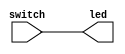
`timescale 1ns / 1ps
//////////////////////////////////////////////////////////////////////////////////
// Company: 
// Engineer: 
// 
// Design Name: 
// Module Name:    switchAndLed 
// Project Name: 
// Target Devices: 
// Tool versions: 
// Description: 
//
// Dependencies: 
//
// Revision: 
// Revision 0.01 - File Created
// Additional Comments: 
//
//////////////////////////////////////////////////////////////////////////////////
module switchAndLed(switch, led);

	input [7:0] switch;
	output reg [7:0] led;
	
	always@(*)begin
		led = switch;
	end

endmodule